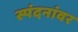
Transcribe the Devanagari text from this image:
स्पंदनांवर